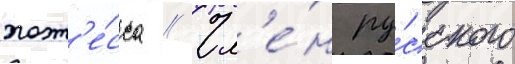
поэт'е́сса // Чл'е́н ру́сского